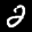
Label: 2